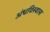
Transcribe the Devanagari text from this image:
अंधविस्वास